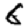
Digit: 6